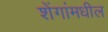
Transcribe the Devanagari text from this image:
शेंगांमधील